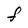
Character: F